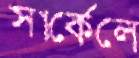
সার্কেলে